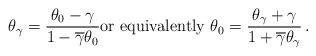
LaTeX: \begin{align*}\theta_\gamma = \frac{\theta_0-\gamma}{1-\overline\gamma\theta_0} \textup{or equivalently } \theta_0 = \frac{\theta_\gamma + \gamma}{1 + \overline\gamma\theta_\gamma} \,.\end{align*}